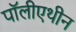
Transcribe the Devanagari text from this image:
पॉलीएथीन